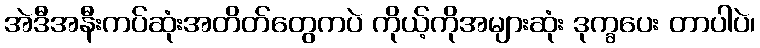
အဲဒီအနီးကပ်ဆုံးအတိတ်တွေကပဲ ကိုယ့်ကိုအများဆုံး ဒုက္ခပေး တာပါပဲ၊